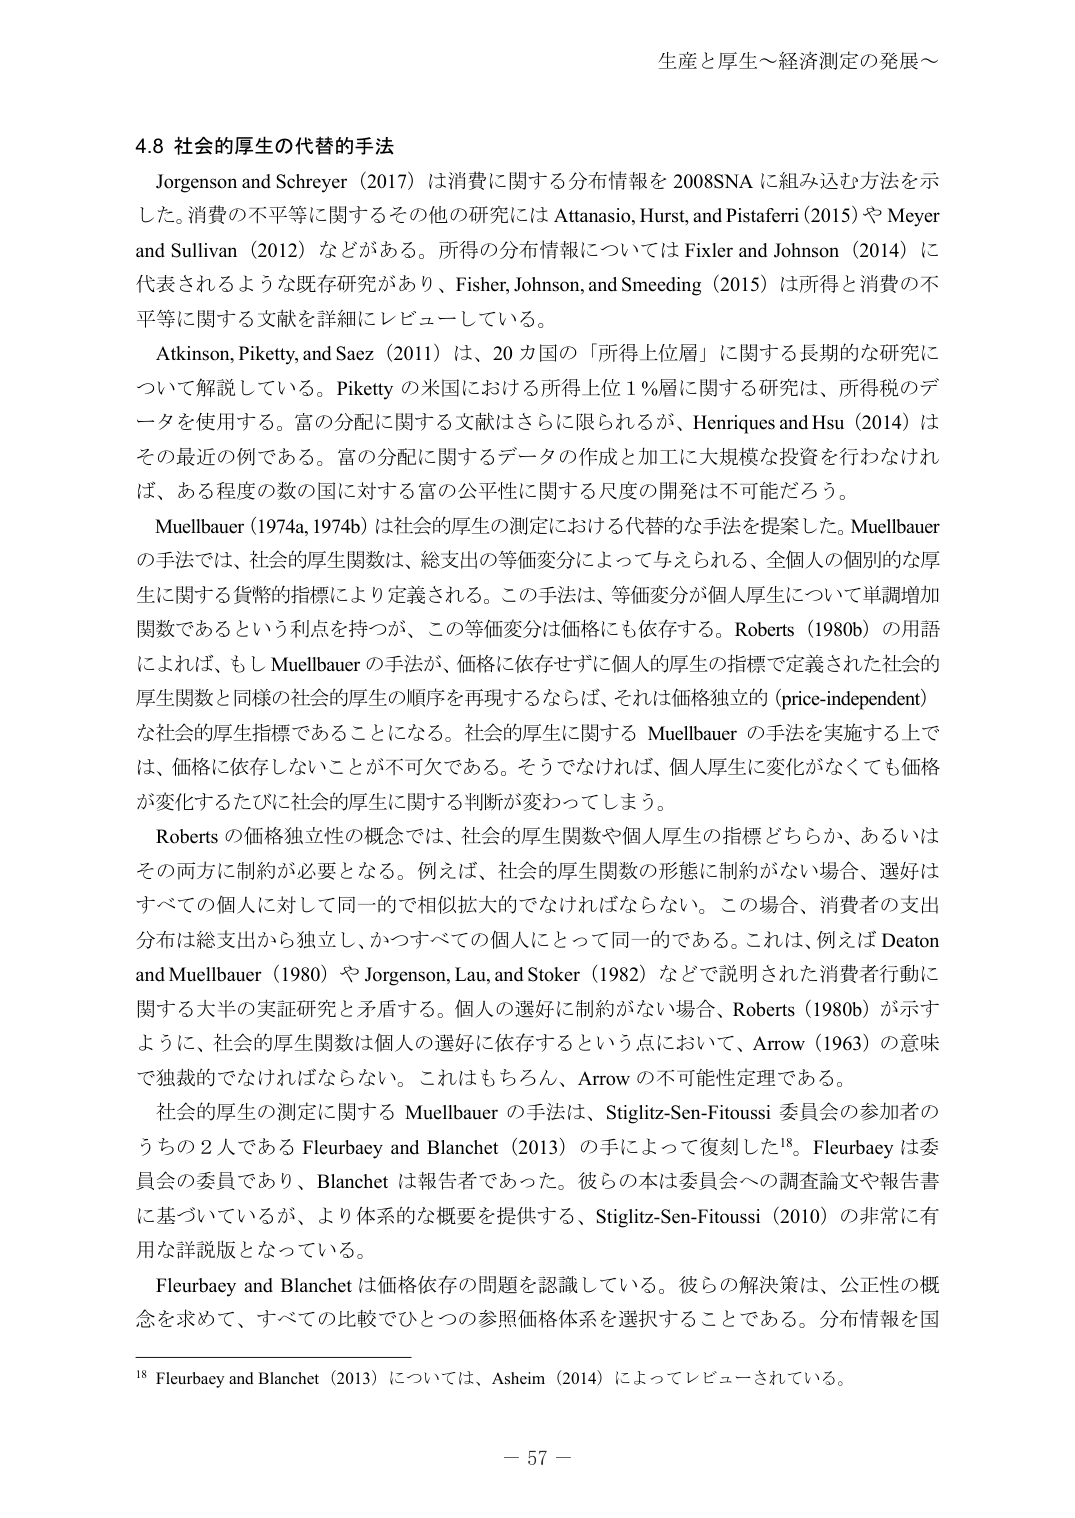
生産と厚生～経済測定の発展～

4.8 社会的厚生の代替的手法

Jorgenson and Schreyer（2017）は消費に関する分布情報を 2008SNA に組み込む方法を示した。消費の不平等に関するその他の研究には Attanasio, Hurst, and Pistaferri（2015）や Meyer and Sullivan（2012）などがある。所得の分布情報については Fixler and Johnson（2014）に代表されるような既存研究があり、Fisher, Johnson, and Smeeding（2015）は所得と消費の不平等に関する文献を詳細にレビューしている。

Atkinson, Piketty, and Saez（2011）は、20 カ国の「所得上位層」に関する長期的な研究について解説している。Piketty の米国における所得上位 1％層に関する研究は、所得税のデータを使用する。富の分配に関する文献はさらに限られるが、Henriques and Hsu（2014）はその最近の例である。富の分配に関するデータの作成と加工に大規模な投資を行わなければ、ある程度の数の国に対する富の公平性に関する尺度の開発は不可能だろう。

Muellbauer（1974a, 1974b）は社会的厚生の測定における代替的な手法を提案した。Muellbauer の手法では、社会的厚生関数は、総支出の等価変分によって与えられる、全個人の個別的な厚生に関する貨幣的指標により定義される。この手法は、等価変分が個人厚生について単調増加関数であるという利点を持つが、この等価変分は価格にも依存する。Roberts（1980b）の用語によれば、もし Muellbauer の手法が、価格に依存せずに個人的厚生の指標で定義された社会的厚生関数と同様の社会的厚生の順序を再現するならば、それは価格独立的（price-independent）な社会的厚生指標であることになる。社会的厚生に関する Muellbauer の手法を実施する上では、価格に依存しないことが不可欠である。そうでなければ、個人厚生に変化がなくても価格が変化するたびに社会的厚生に関する判断が変わってしまう。

Roberts の価格独立性の概念では、社会的厚生関数や個人厚生の指標どちらか、あるいはその両方に制約が必要となる。例えば、社会的厚生関数の形態に制約がない場合、選好はすべての個人に対して同一的で相似拡大的でなければならない。この場合、消費者の支出分布は総支出から独立し、かつすべての個人にとって同一的である。これは、例えば Deaton and Muellbauer（1980）や Jorgenson, Lau, and Stoker（1982）などで説明された消費者行動に関する大半の実証研究と矛盾する。個人の選好に制約がない場合、Roberts（1980b）が示すように、社会的厚生関数は個人の選好に依存するという点において、Arrow（1963）の意味で独裁的でなければならない。これはもちろん、Arrow の不可能性定理である。

社会的厚生の測定に関する Muellbauer の手法は、Stiglitz-Sen-Fitoussi 委員会の参加者のうちの 2 人である Fleurbaey and Blanchet（2013）の手によって復刻した¹⁸。Fleurbaey は委員会の委員であり、Blanchet は報告者であった。彼らの本は委員会への調査論文や報告書に基づいているが、より体系的な概要を提供する、Stiglitz-Sen-Fitoussi（2010）の非常に有用な詳説版となっている。

Fleurbaey and Blanchet は価格依存の問題を認識している。彼らの解決策は、公正性の概念を求めて、すべての比較でひとつの参照価格体系を選択することである。分布情報を国

¹⁸ Fleurbaey and Blanchet（2013）については、Asheim（2014）によってレビューされている。

－ 57 －